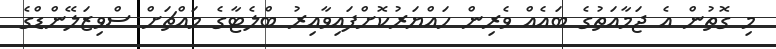
މި ގޮތުން އެ ޖަމާއަތުގެ ބައެއް ވެރިން ހައްޔަރުކޮށްފައިވާއިރު ބްލެޓާގެ މައްޗަށް ސްވިޒަލޭންޑްގެ